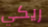
ريكي